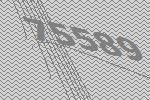
75589